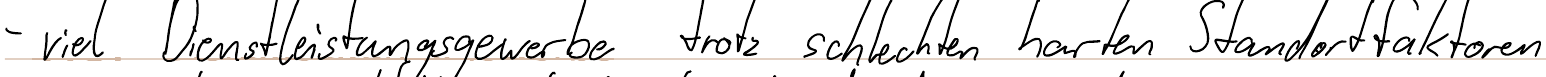
- viel Dienstleistungsgewerbe trotz schlechten harten Standortfaktoren